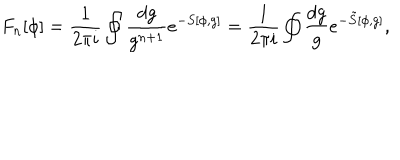
LaTeX: F _ { n } [ \phi ] = \frac { 1 } { 2 \pi i } \oint \frac { d g } { g ^ { n + 1 } } e ^ { - S [ \phi , g ] } = \frac { 1 } { 2 \pi i } \oint \frac { d g } { g } e ^ { - \tilde { S } [ \phi , g ] } ,